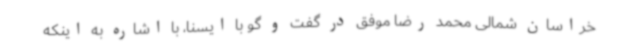
خراسان شمالی محمد رضا موفق در گفت و گو با ایسنا، با اشاره به اینکه